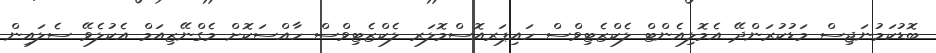
ބޮޑުކަމުނަޖިސް މަޑުކުރަންދޭ އެމޮލިއެންޓް ލެކްޒެޓިވްސް ހައިޕަރއޮސްމޮލަރ ލެކްޒެޓިވްސް ހާއްސަކޮށް މެގްނޭޒިއަމް އެކުލެވޭ ސެލައިން